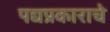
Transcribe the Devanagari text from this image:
पद्यप्रकाराचे